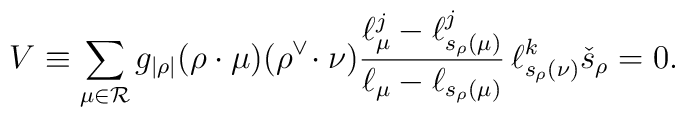
V\equiv\sum_{\mu\in{\mathcal R}}   g_{|\rho|}(\rho\cdot\mu)(\rho^\vee\!\cdot\nu)   \frac{\ell_\mu^j-\ell_{s_\rho(\mu)}^j}   {\ell_\mu-\ell_{s_\rho(\mu)}}\,   \ell^k_{s_\rho(\nu)}\check{s}_\rho=0.